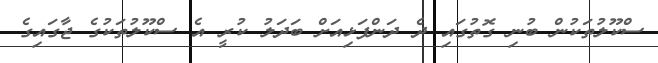
ސްކޫލުތަކުން ބުނި ގޮތުގައި ދެ ދަންފަޅިއަށް ބަދަލު ކުރީ އެ ސްކޫލުތަކުގެ ޖާގައިގެ